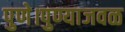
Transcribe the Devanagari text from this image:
पुणे।पुण्याजवळ